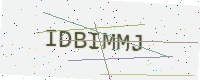
Text: IDBIMMJ